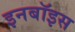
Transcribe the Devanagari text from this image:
इनबॉइस